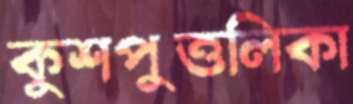
কুশপুত্তলিকা